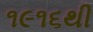
૧૯૧૬થી